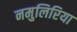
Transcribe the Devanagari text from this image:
नमुलिरिया